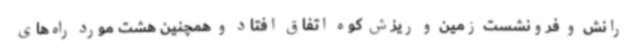
رانش و فرونشست زمین و ریزش کوه اتفاق افتاد و همچنین هشت مورد راه‌های